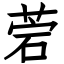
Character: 菪